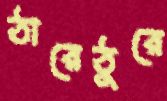
ঠারেঠুরে